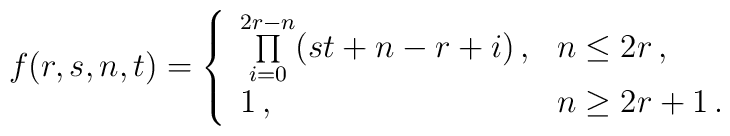
f(r,s,n,t)=\left\{      \begin{array}{ll}        \prod\limits_{i=0}^{2r-n}(s t + n - r + i)\,,&n\leq2r\,,\\        1\,,&n\geq2r+1\,.      \end{array}\right.